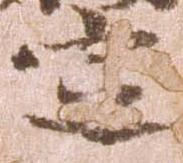
定